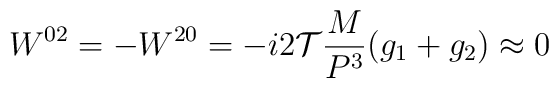
W^{02} = -W^{20} =-i{2\mathcal T}{M \over P^3} (g_1+g_2)\approx 0